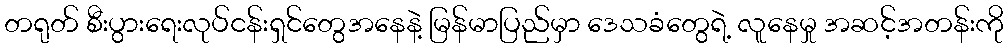
တရုတ် စီးပွားရေးလုပ်ငန်းရှင်တွေအနေနဲ့ မြန်မာပြည်မှာ ဒေသခံတွေရဲ့ လူနေမှု အဆင့်အတန်းကို